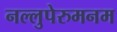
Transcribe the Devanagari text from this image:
नल्लुपेरुमनम